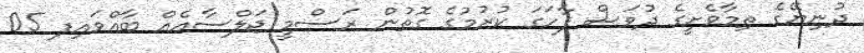
ދުނިޔޭގެ ތިމާވެށީގެ ދުވަސް ފާހަގަ ކުރުމުގެ ގޮތުން ރަސްމީ ޖަލްސާއެއް ބާއްވައިފ 05